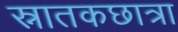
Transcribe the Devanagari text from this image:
स्नातकछात्रा